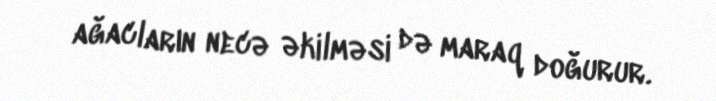
ağacların necə əkilməsi də maraq doğurur.